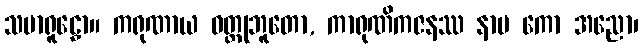
သမာရူဠှော။ ကရုဏာယ ဝတ္ထုဘူတော, ကာရုဏိကဇနဿ နာမ ကော အညော၊